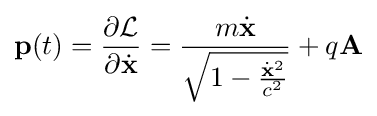
\mathbf {p} (t)={\frac {\partial {\mathcal {L}}}{\partial {\dot {\mathbf {x} }}}}={\frac {m{\dot {\mathbf {x} }}}{\sqrt {1-{\frac {{\dot {\mathbf {x} }}^{2}}{c^{2}}}}}}+q\mathbf {A}